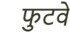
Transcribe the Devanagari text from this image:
फुटवे